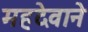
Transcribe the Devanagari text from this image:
महदेवाने